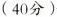
（40分）